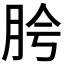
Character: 𬚵